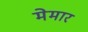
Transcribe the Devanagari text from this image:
मेमार